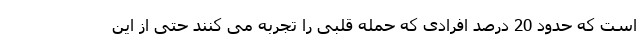
است که حدود 20 درصد افرادی که حمله قلبی را تجربه می کنند حتی از این